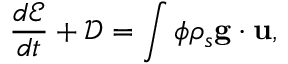
\frac { d \mathcal E } { d t } + \mathcal D = \int \phi \rho _ { s } { \bf g } \cdot { \bf u } ,